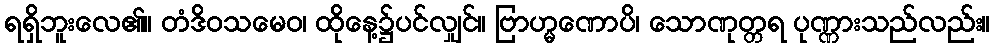
ရရှိဘူးလေ၏။ တံဒိဝသမေဝ၊ ထိုနေ့၌ပင်လျှင်။ ဗြာဟ္မဏောပိ၊ သောဏုတ္တရ ပုဏ္ဏားသည်လည်း။